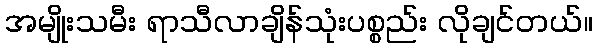
အမျိုးသမီး ရာသီလာချိန်သုံးပစ္စည်း လိုချင်တယ်။